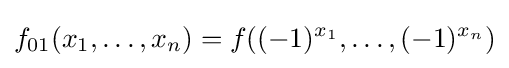
f_{01}(x_{1},\ldots ,x_{n})=f((-1)^{x_{1}},\ldots ,(-1)^{x_{n}})